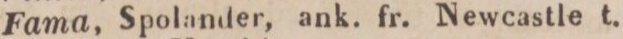
22.    Fama, Spolander, ank. fr. Newcastle t.